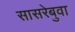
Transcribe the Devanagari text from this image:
सासरेबुवा